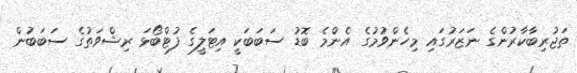
ތަޖުރިބާކާރުންގެ ނަޒަރުގައި މިހެންވުމުގެ އެންމެ ބޮޑު ސަބަބަކީ އިޓަލީގެ ފުޓްބޯޅަ ރިޝްވަތުގެ ސަބަބުން